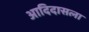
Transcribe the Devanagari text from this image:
आदिदासला